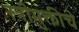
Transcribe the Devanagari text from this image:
स्त्रीमुक्तीचे